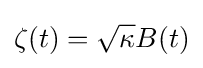
\zeta (t)={\sqrt {\kappa }}B(t)